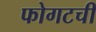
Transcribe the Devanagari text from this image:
फोगटची